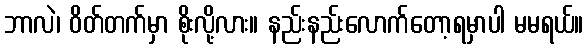
ဘာလဲ၊ ဝိတ်တက်မှာ စိုးလို့လား။ နည်းနည်းလောက်တော့ရမှာပါ မမရယ်။